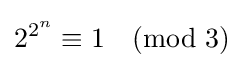
2^{2^{n}}\equiv 1{\pmod {3}}